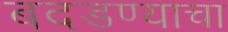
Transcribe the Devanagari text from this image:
बदडण्याचा